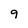
Character: 9